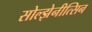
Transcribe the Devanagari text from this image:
सोल्झेनीत्सिन